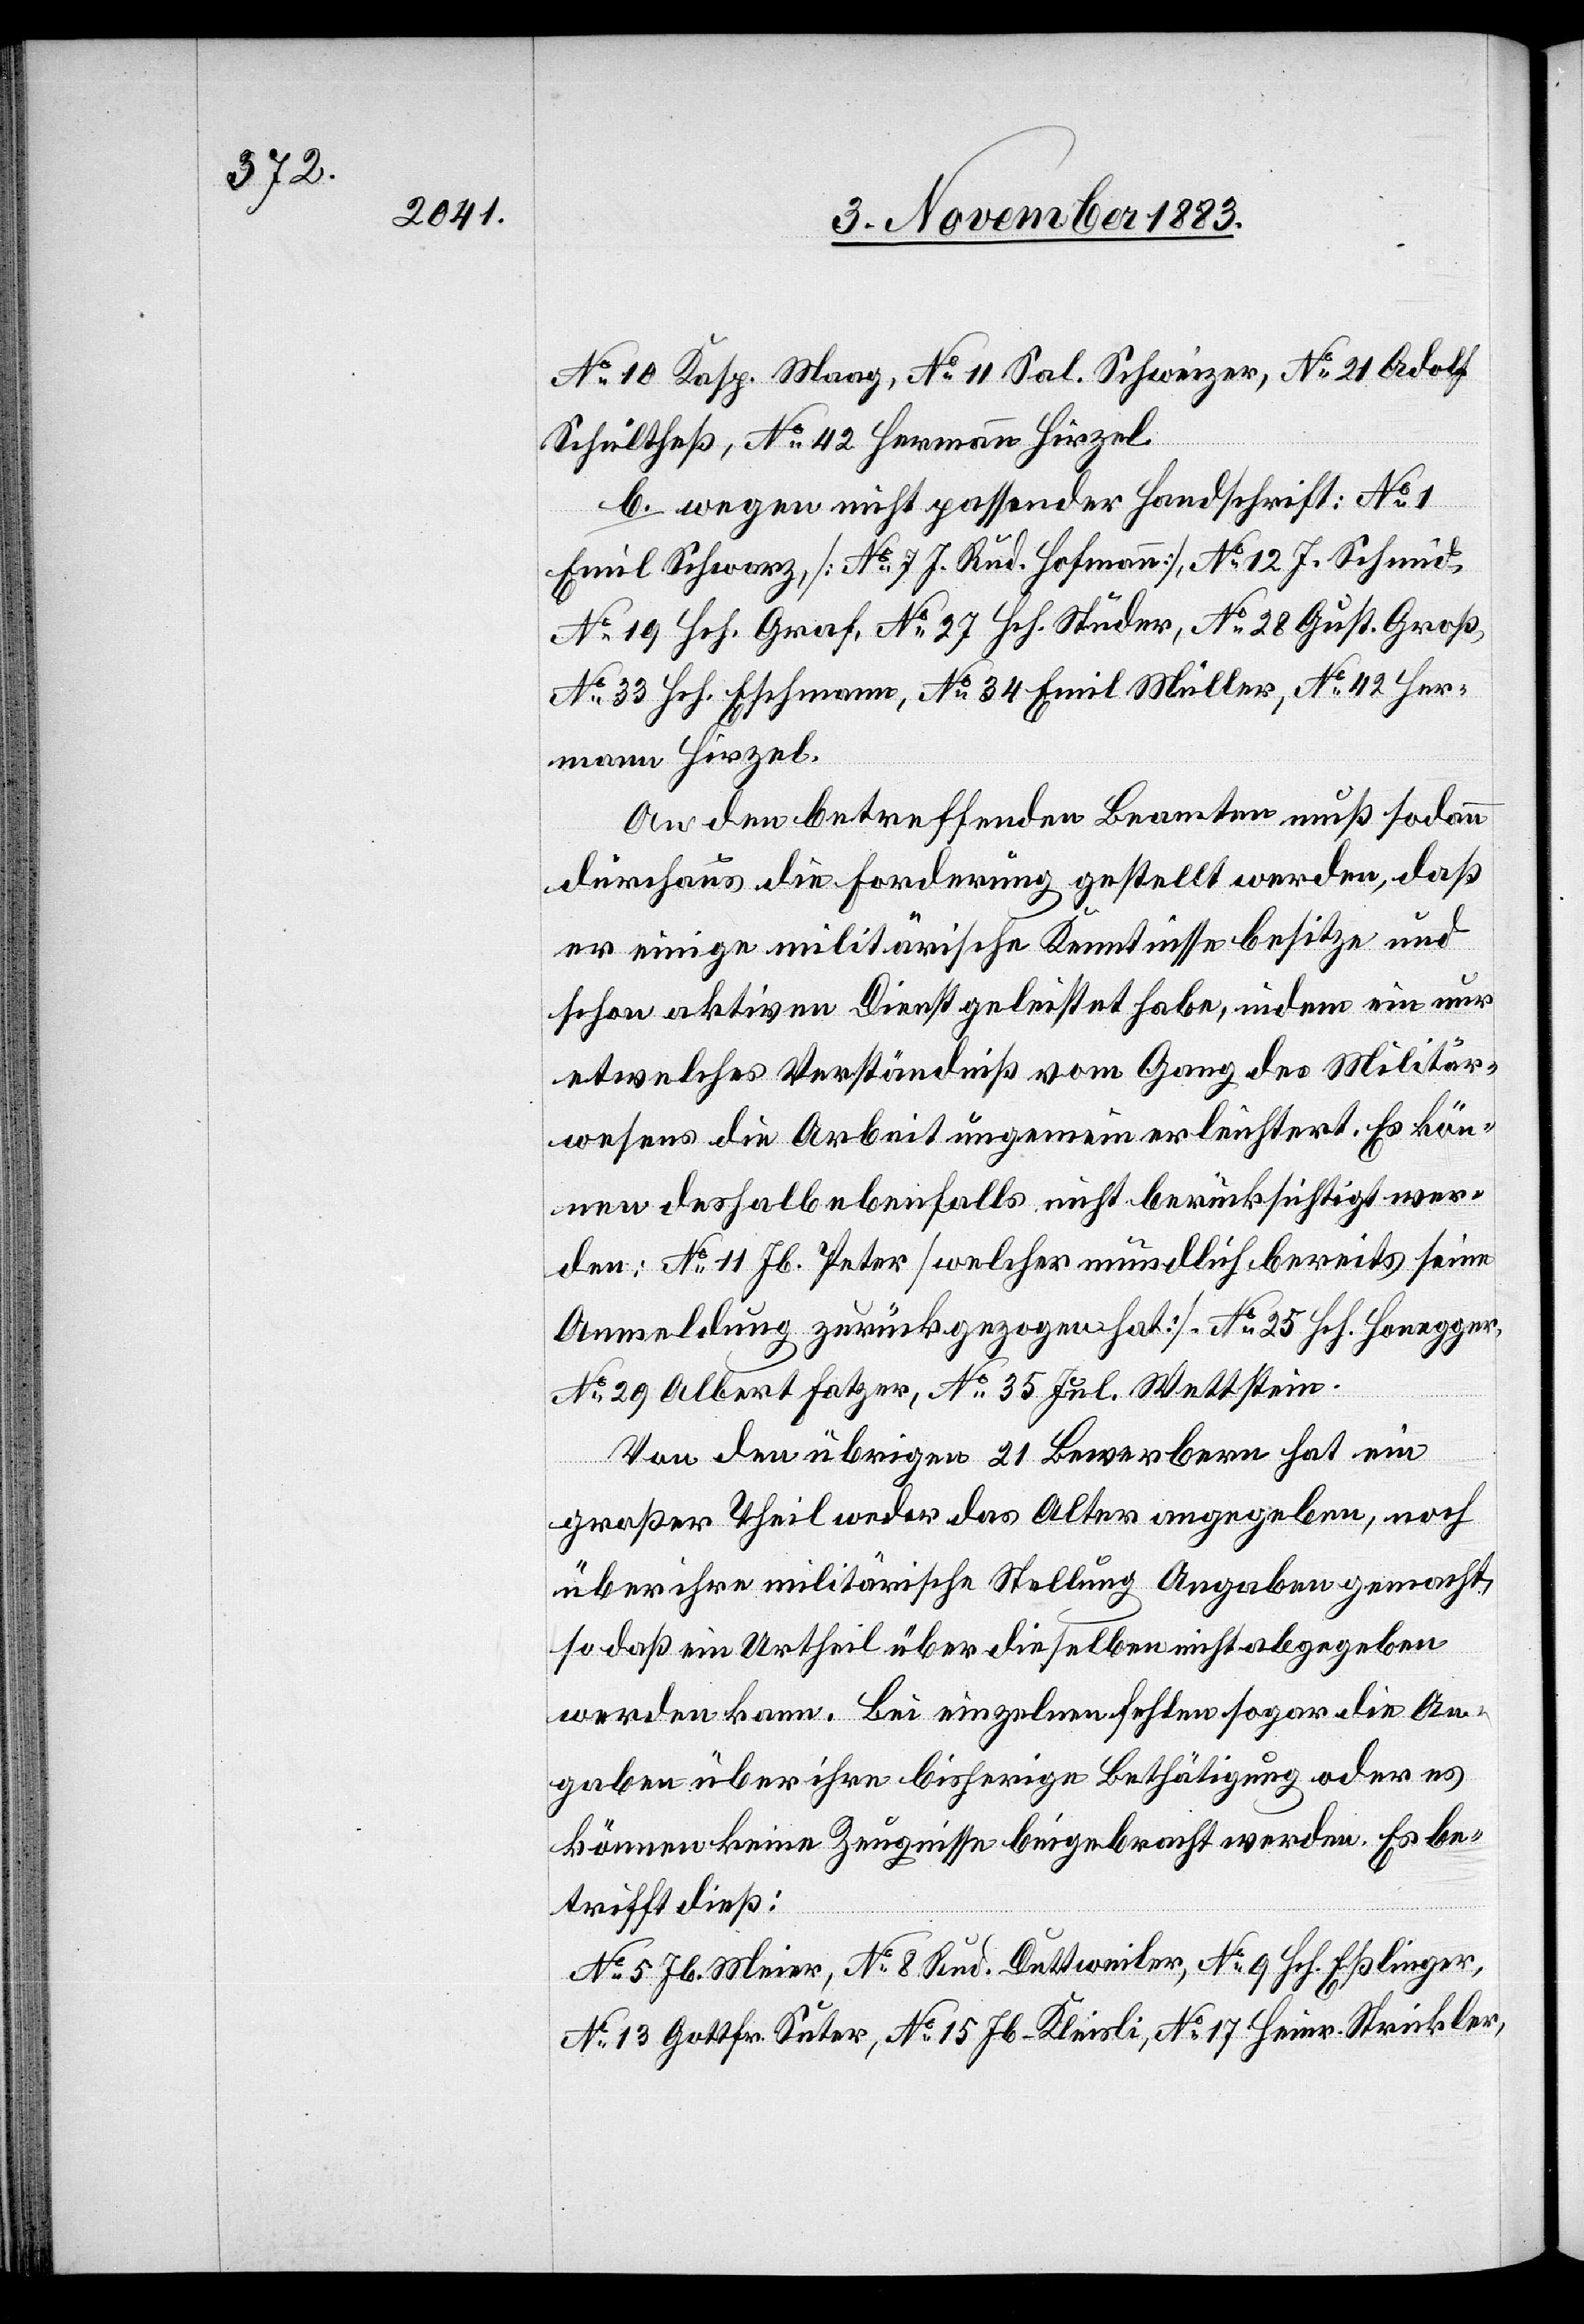
No 10 Kasp. Maag, No Sal. Schweizer, No 21 Adolf
Schultheß, No 42 Hermann Hirzel.
b. wegen nicht passender Handschrift: No 1
Emil Schwarz, [No 7 J. Rud. Hofmann], No 12 J. Schmid,
No 19 Hch. Graf, No 27 Hch. Studer, No 28 Gust. Groß,
No 33 Hch. Eschmann, No 34 Emil Müller, No 42 Her¬
mann Hirzel.
An den betreffenden Beamten muß sodann
durchaus die Forderung gestellt werden, daß
er einige militärische Kenntnisse besitze und
schon aktiven Dienst geleistet habe, indem ein nur
etwelches Verständniß vom Gang des Militär¬
wesens die Arbeit ungemein erleichtert. Es kön¬
nen deshalb ebenfalls nicht berücksichtigt wer¬
den: No 11 Jb. Peter [welcher mündlich, bereits seine
Anmeldung zurückgezogen hat]. No 25 Hch. Honegger,
No 29 Albert Fatzer, No 35 Jul. Wettstein.
Von den übrigen 21 Bewerbern hat ein
großer Theil weder das Alter angegeben, noch
über ihre militärische Stellung Angaben gemacht,
so daß ein Urtheil über dieselben nicht abgegeben
werden kann. Bei einzelnen fehlen sogar die An¬
gaben über ihre bisherige Bethätigung oder es
können keine Zeugnisse beigebracht werden. Es be¬
trifft dieß:
No 5 Jb. Meier, No 8 Rud. Duttweiler, No 9 Hch. Eßlinger,
No 13 Gottfr.Suter, No 15 Jb. Kleisli, No 17 Heinr. Strickler,